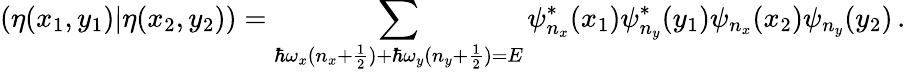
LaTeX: (\eta(x_{1},y_{1})\vert\eta(x_{2},y_{2}))=\sum_{\hbar\omega_{x}(n_{x}+\frac{1}{2})+\hbar\omega_{y}(n_{y}+\frac{1}{2})=E}\psi_{n_{x}}^{*}(x_{1})\psi_{n_{y}}^{*}(y_{1})\psi_{n_{x}}(x_{2})\psi_{n_{y}}(y_{2})\, .